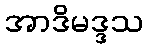
အာဒိမဒ္ဒသ